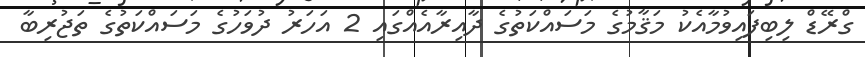
ގްރޭޑް ލިބިފައިވުމާއެކު މަޤާމުގެ މަސައްކަތުގެ ދާއިރާއެއްގައި 2 އަހަރު ދުވަހުގެ މަސައްކަތުގެ ތަޖުރިބާ